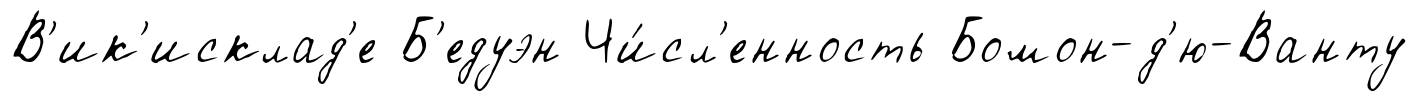
В'ик'исклад'е Б'едуэн Чи́сл'енность Бомон-д'ю-Ванту